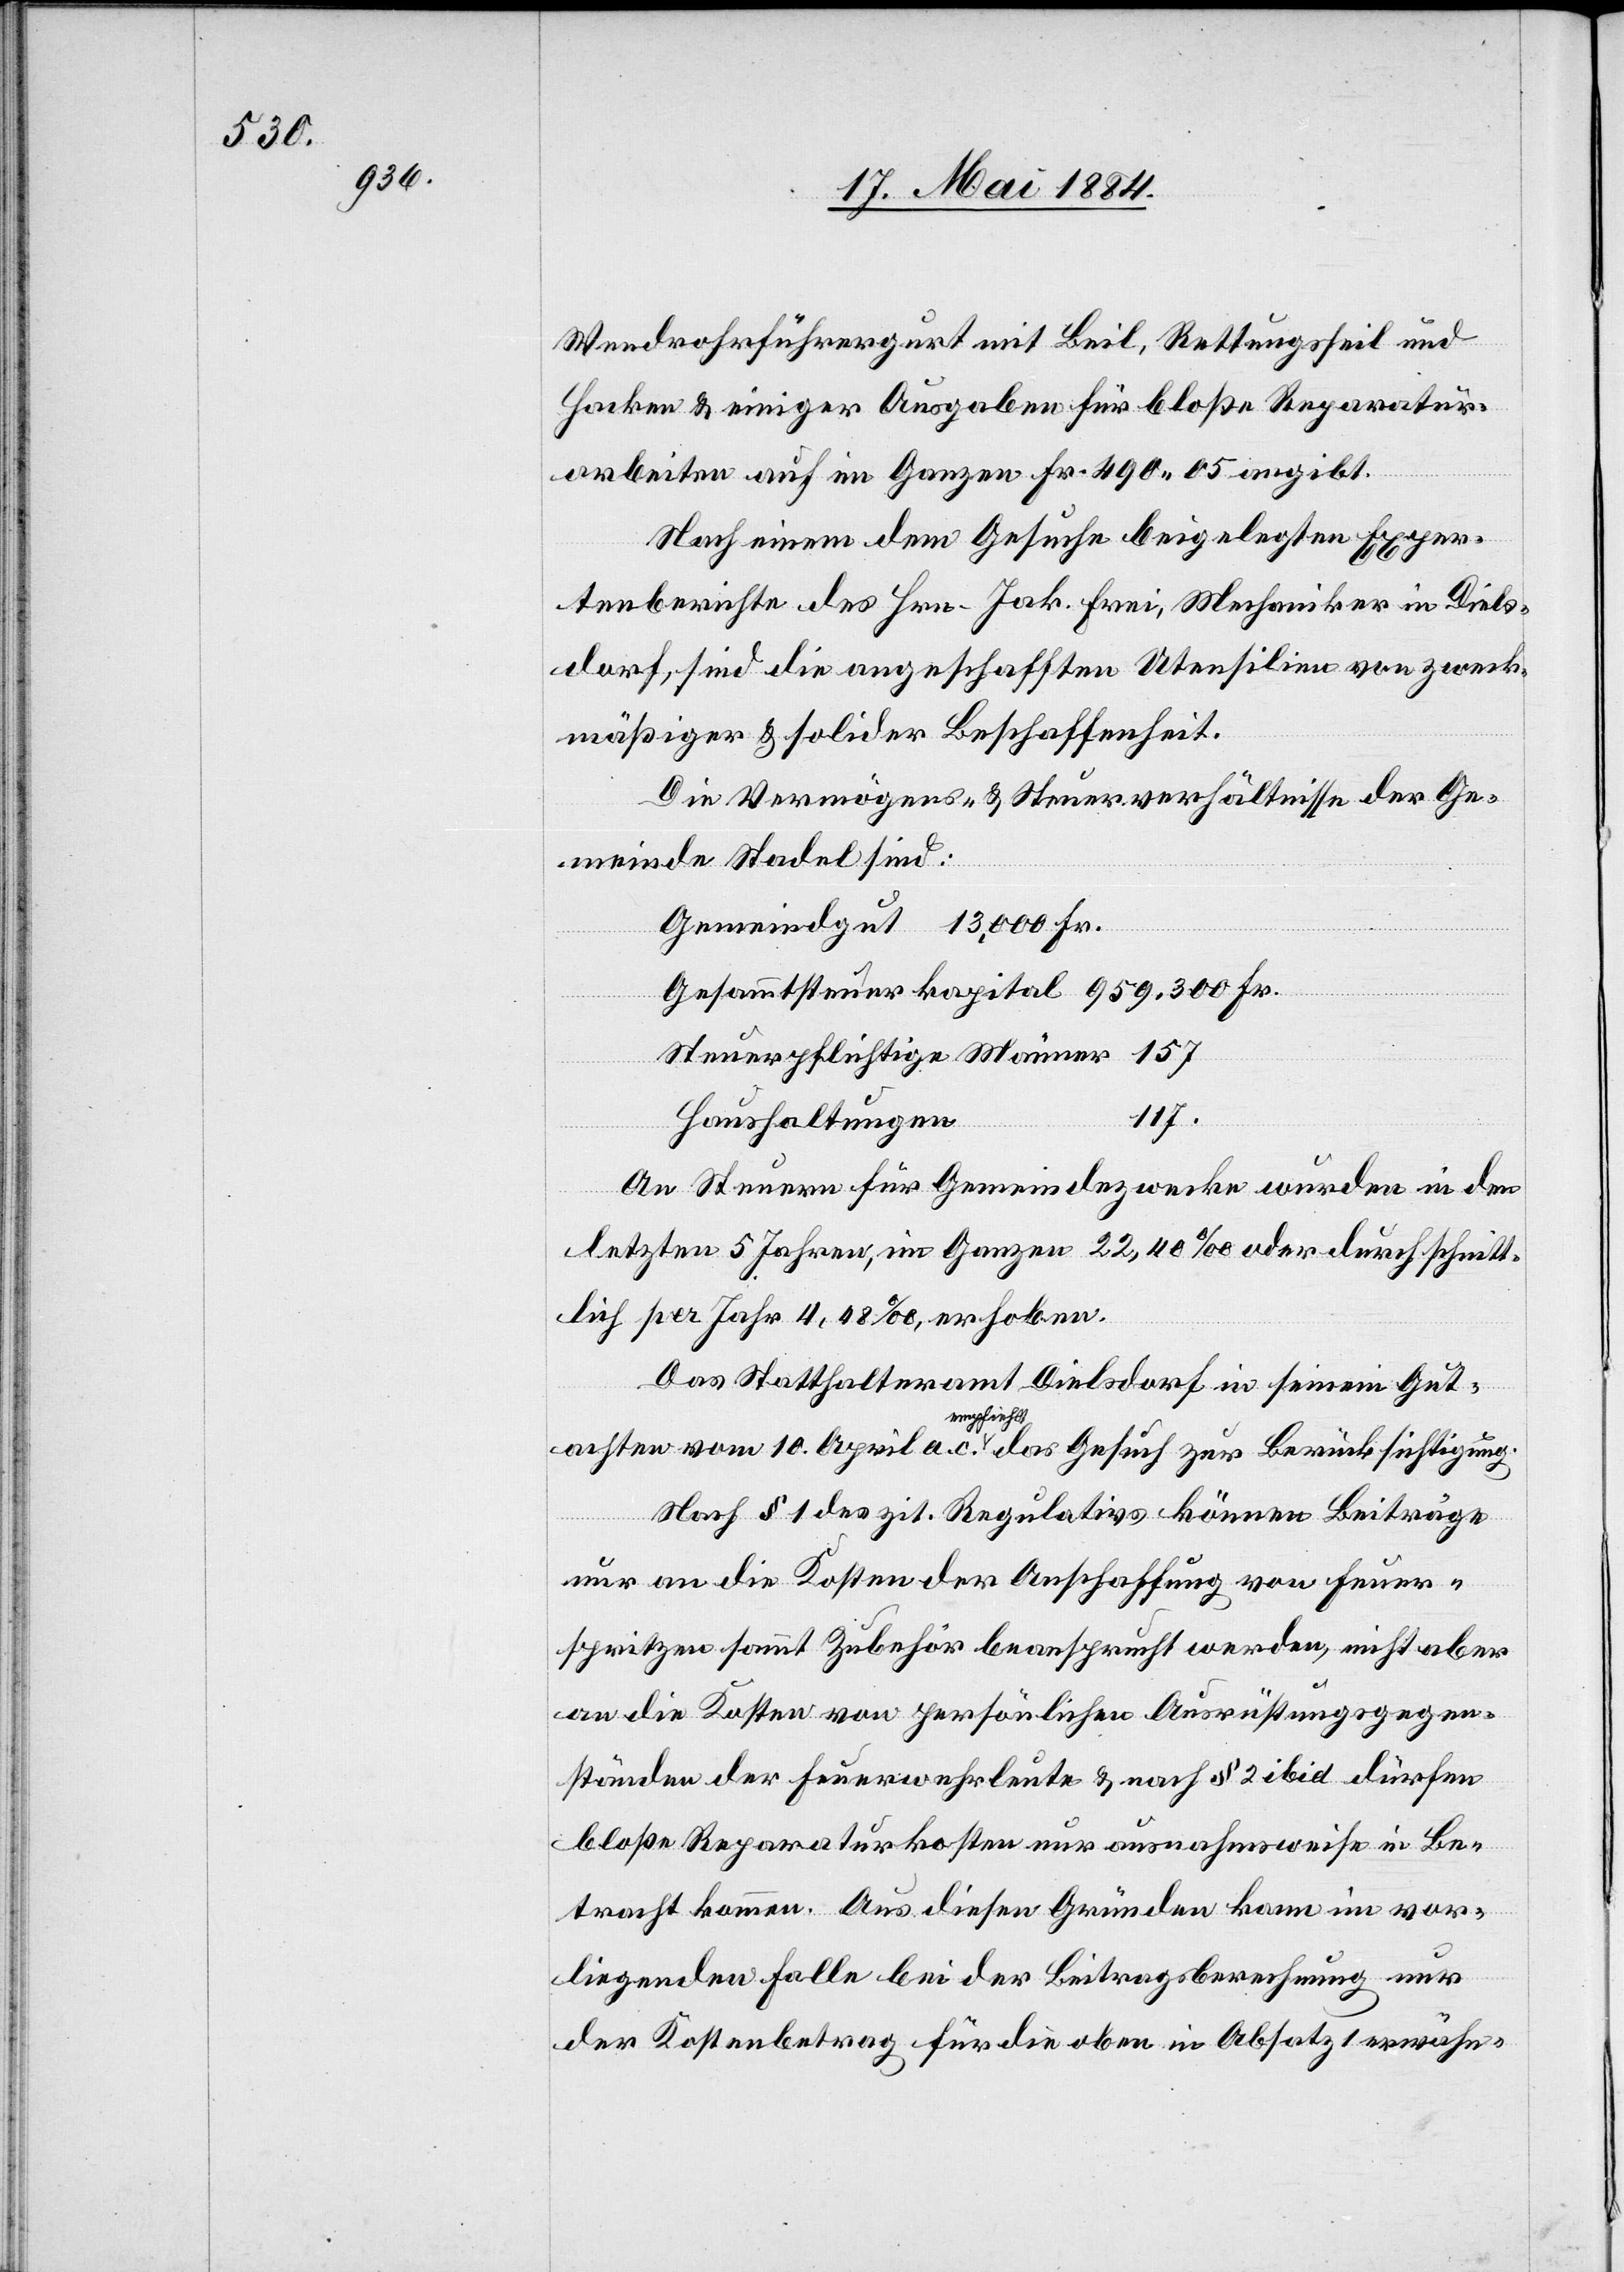
Wendrohrführergurt mit Beil, Rettungsseil und
Hacken & einiger Ausgaben für bloße Reparatur¬
arbeiten auf im Ganzen Fr. 490 05 angibt.
Nach einem dem Gesuche beigelegten Exper¬
tenberichte des Hrn. Jak. Frei, Mechaniker in Diels¬
dorf, sind die angeschafften Utensilien von zweck¬
mäßiger & solider Beschaffenheit.
Die Vermögens- & Steuerverhältnisse der Ge¬
meinde Stadel sind:
Steuerpflichtige Männer
117.
Haushaltungen
Fr.
An Steuern für Gemeindezwecke wurden in den
letzten 5 Jahren, im Ganzen 22,40‰ oder durchschnitt¬
lich per Jahr 4,48‰ erhoben.
Das Statthalteramt Dielsdorf in seinem Gut¬
achten vom 10. April a. c. empfiehlt das Gesuch zur Berücksichtigung.
Nach § 1 des zit. Regulativs können Beiträge
nur an die Kosten der Anschaffung von Feuer¬
spritzen sammt Zubehör beansprucht werden, nicht aber
an die Kosten von persönlichen Ausrüstungsgegen¬
ständen der Feuerwehrleute & nach § 2 ibid dürfen
bloße Reparaturkosten nur ausnahmsweise in Be¬
tracht kommen. Aus diesen Gründen kann im vor¬
liegenden Falle bei der Beitragsberechnung nur
der Kostenbetrag für die oben in Absatz 1 erwähn-